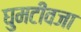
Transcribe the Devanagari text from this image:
घुमटीवजा